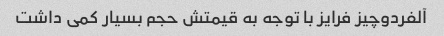
آلفردوچیز فرایز با توجه به قیمتش حجم بسیار کمی داشت